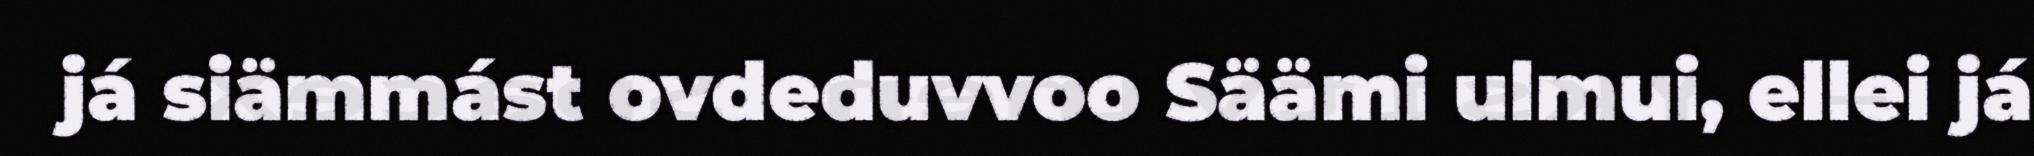
já siämmást ovdeduvvoo Säämi ulmui, ellei já